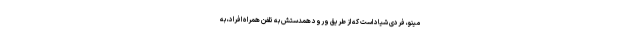
مینو، فردی شیاد است که از طریق ورود همدستش به تلفن همراه افراد، به